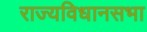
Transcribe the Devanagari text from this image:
राज्यविधानसभा